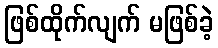
ဖြစ်ထိုက်လျက် မဖြစ်ခဲ့